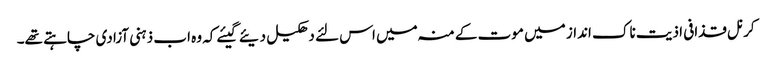
کرنل قذافی اذیت ناک انداز میں موت کے منہ میں اس لئے دھکیل دیئے گیئے کہ وہ اب ذہنی آزادی چاہتے تھے۔